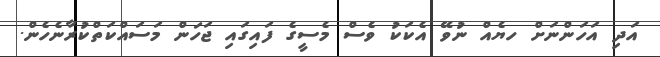
އަދި އަހަންނަށް ހޔެއް ނުވޭ އެކަކު ވެސް މެސީގެ ފައިގައި ޖަހަން މަސައްކަތްކުރާނެހެން.